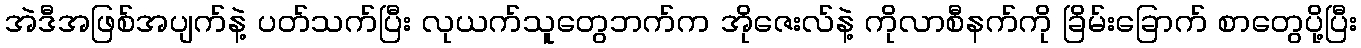
အဲဒီအဖြစ်အပျက်နဲ့ ပတ်သက်ပြီး လုယက်သူတွေဘက်က အိုဇေးလ်နဲ့ ကိုလာစီနက်ကို ခြိမ်းခြောက် စာတွေပို့ပြီး